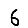
Digit: 6